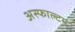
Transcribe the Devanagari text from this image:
अस्फाल्टम